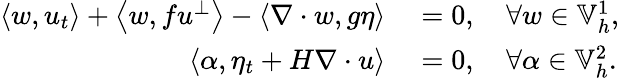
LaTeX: \begin{array}{rl}{\left\langle w,u_{t}\right\rangle+\left\langle w,fu^{\perp}\right\rangle-\left\langle\nabla\cdot w,g\eta\right\rangle}&{{}=0,\quad\forall w\in\mathbb{V}_{h}^{1},}\\ {\left\langle\alpha,\eta_{t}+H\nabla\cdot u\right\rangle}&{{}=0,\quad\forall\alpha\in\mathbb{V}_{h}^{2}.}\end{array}